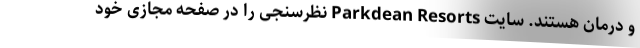
و درمان هستند. سایت Parkdean Resorts نظرسنجی را در صفحه مجازی خود